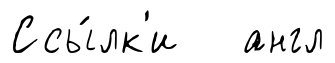
Ссы́лк'и англ